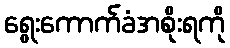
ရွေးကောက်ခံအစိုးရကို